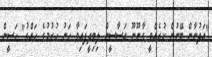
"އަދުނާން ބޭނުން ކުރެއްވީ ގާނޫނޫ އަސާސީން ލިބިދީފައިވާ ހަނު ހުރުމުގެ ހައްގު" ހަސީން